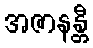
အဇာနန္တီ